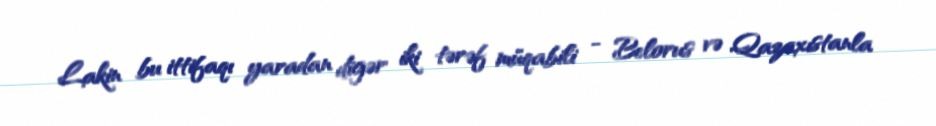
Lakin bu ittifaqı yaradan digər iki tərəf müqabili - Belorus və Qazaxıstanla